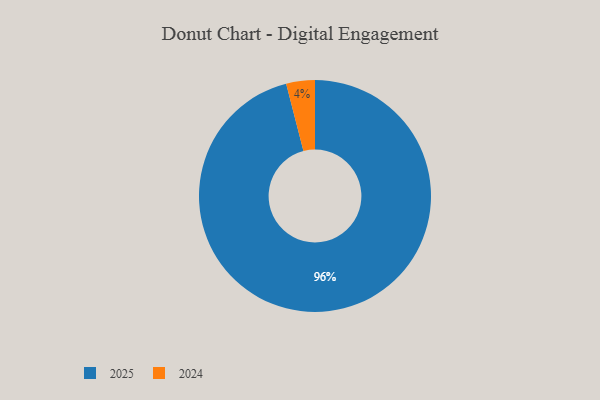
{"axis": {"x": "Category", "y": "Percentage"}, "legend": ["2024", "2025"], "data": [{"x": "2024", "y": 4, "type": "2024"}, {"x": "2025", "y": 96, "type": "2025"}]}